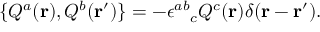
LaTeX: \{ Q ^ { a } ( { \bf r } ) , Q ^ { b } ( { \bf r ^ { \prime } } ) \} = - { \epsilon ^ { a b } } _ { c } Q ^ { c } ( { \bf r } ) \delta ( { \bf r } - { \bf r ^ { \prime } } ) .